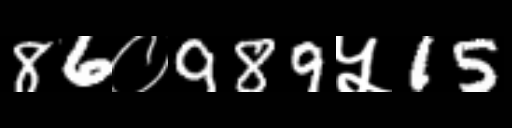
Text: 86०989५15